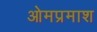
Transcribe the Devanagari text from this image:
ओमप्रमाश